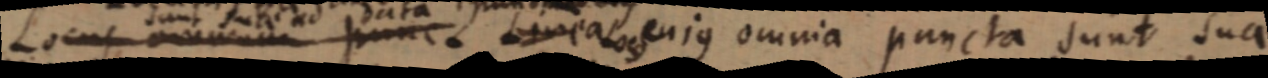
Locus omnia punct Lineas cujus eajus omnia puncta sunt suae